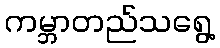
ကမ္ဘာတည်သရွေ့